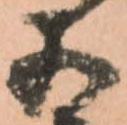
五